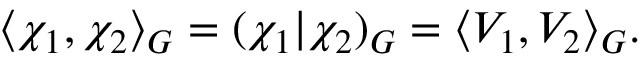
\langle \chi _ { 1 } , \chi _ { 2 } \rangle _ { G } = ( \chi _ { 1 } | \chi _ { 2 } ) _ { G } = \langle V _ { 1 } , V _ { 2 } \rangle _ { G } .